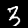
Digit: 3